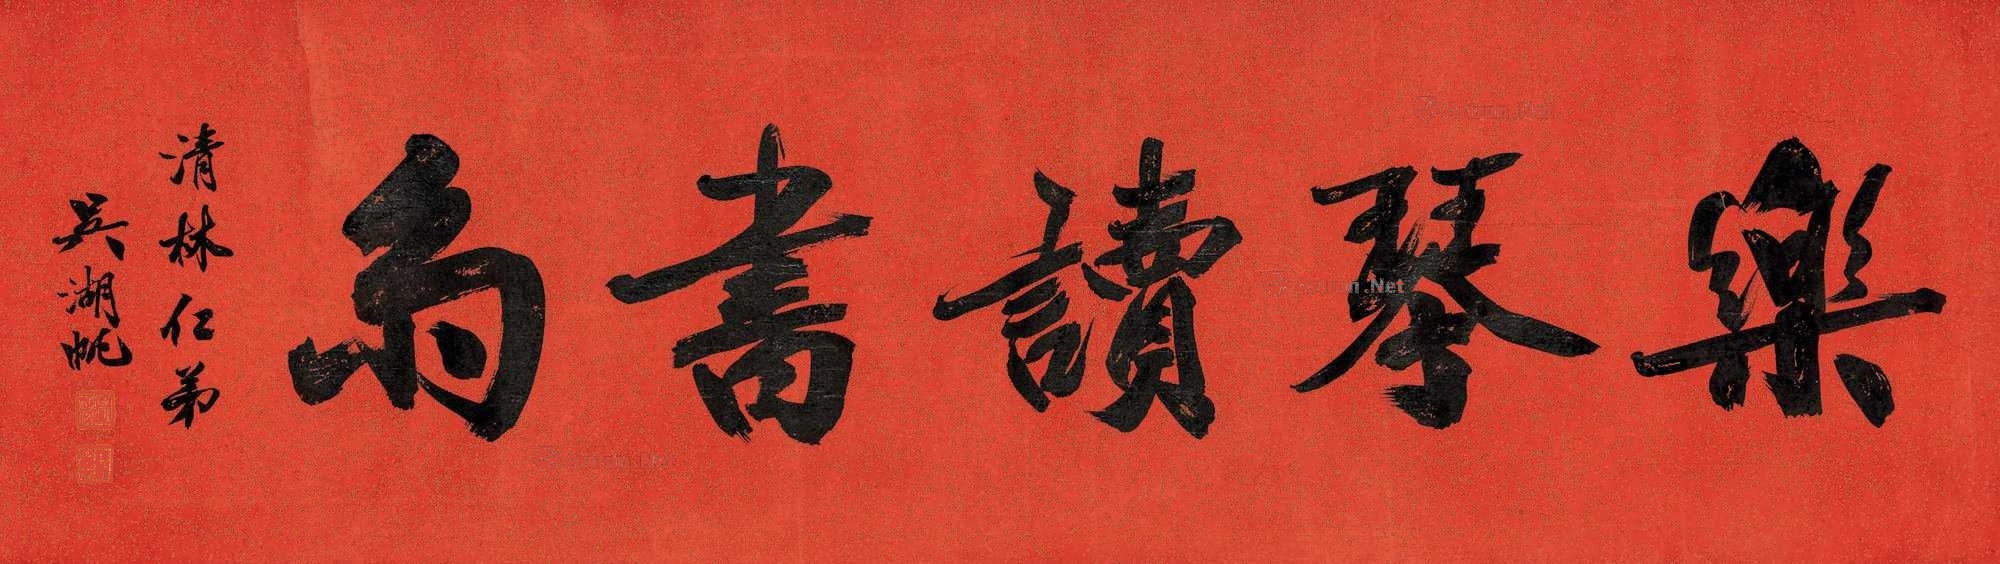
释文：乐琴读书斋。清林仁弟，吴湖帆